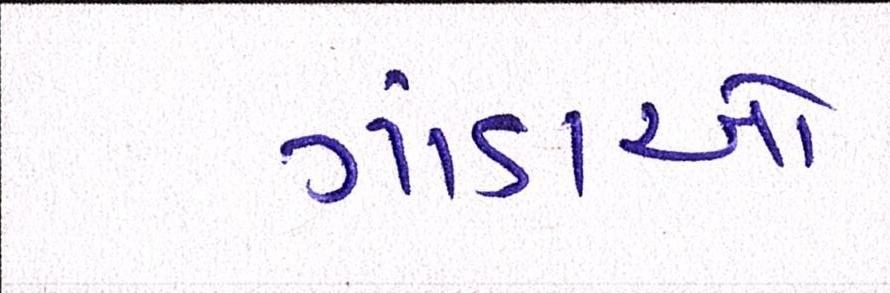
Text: ગાંડાઓ